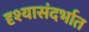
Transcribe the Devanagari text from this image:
दृश्यासंदर्भात